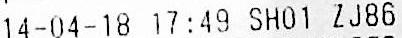
14-04-18 17:49 SH01 ZJ86